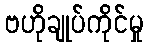
ဗဟိုချုပ်ကိုင်မှု